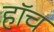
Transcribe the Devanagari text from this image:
हाॅच